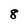
Character: 8